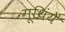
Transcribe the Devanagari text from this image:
गूथिंये